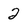
Character: 2